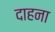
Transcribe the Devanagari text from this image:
दाहना